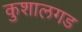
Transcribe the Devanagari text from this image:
कुशालगड